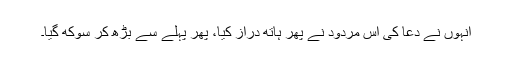
انہوں نے دعا کی اس مردود نے پھر ہاتھ دراز کیا، پھر پہلے سے بڑھ کر سوکھ گیا۔